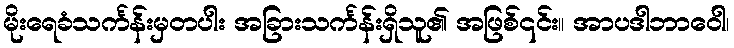
မိုးရေခံသင်္ကန်းမှတပါး အခြားသင်္ကန်းရှိသူ၏ အဖြစ်၎င်း။ အာပဒါဘာဝေါ၊